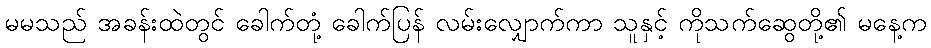
မမသည် အခန်းထဲတွင် ခေါက်တုံ့ ခေါက်ပြန် လမ်းလျှောက်ကာ သူနှင့် ကိုသက်ဆွေတို့၏ မနေ့က